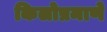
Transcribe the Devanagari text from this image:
किलोप्रमाणे